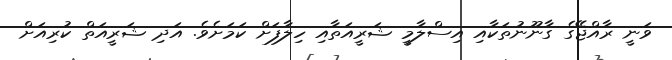
ވަނީ ރާއްޖޭގެ ގާނޫނުތަކާއި އިސްލާމީ ޝަރީއަތާއި ހިލާފަށް ކަމަށެވެ. އަދި ޝަރީއަތް ކުރިއަށް